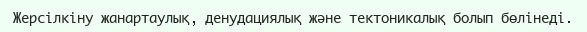
Жерсілкіну жанартаулық, денудациялық және тектоникалық болып бөлінеді.